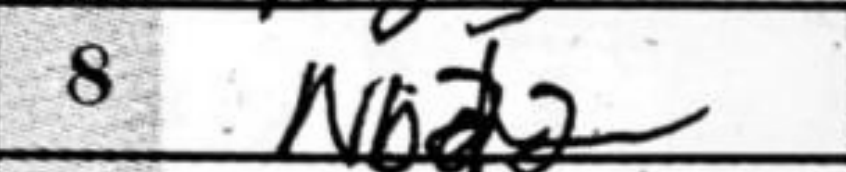
Transcription: Nbd2